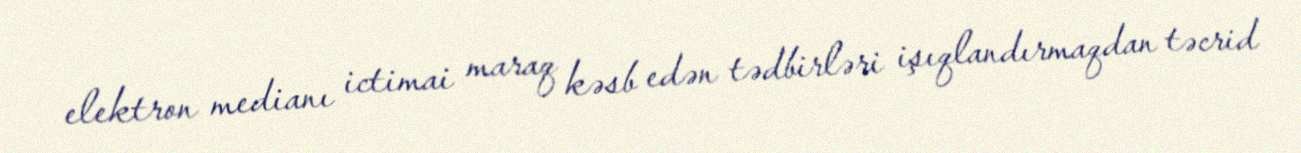
elektron medianı ictimai maraq kəsb edən tədbirləri işıqlandırmaqdan təcrid